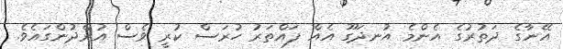
އޭނާގެ ދަތުރުގެ އެންމެ އުނދަގޫ އެއް ފައްތަރު ހުރަސް ކުރީ ވެސް އުރްދުންގައެވެ.